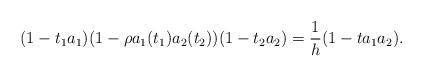
LaTeX: \begin{align*}(1-t_1a_1)(1-\rho a_1(t_1)a_2(t_2))(1-t_2a_2) = \frac {1}{h} (1-ta_1a_2).\end{align*}